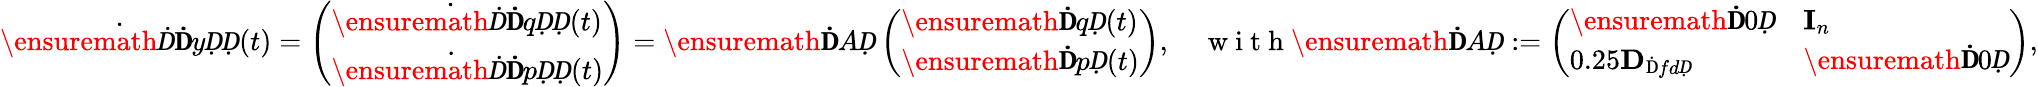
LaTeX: \dot{\ensuremath Ḋ\mathbf ḊyḌḌ}(t)=\left(\begin{array}{l}{\dot{\ensuremath Ḋ\mathbf ḊqḌḌ}(t)}\\ {\dot{\ensuremath Ḋ\mathbf ḊpḌḌ}(t)}\end{array}\right)=\ensuremath{\mathbf ḊAḌ}\left(\begin{array}{l}{\ensuremath{\mathbf ḊqḌ}(t)}\\ {\ensuremath{\mathbf ḊpḌ}(t)}\end{array}\right),\quad\mathrm{~w~i~t~h~}\ensuremath{\mathbf ḊAḌ}:=\left(\begin{array}{ll}{\ensuremath{\mathbf Ḋ0Ḍ}}&{\mathbf I_{n}}\\ {0.25\mathbf{D}_{\mathrm{Ḋ}fdḌ}}&{\ensuremath{\mathbf Ḋ0Ḍ}}\end{array}\right),